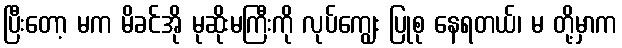
ပြီးတော့ မက မိခင်အို မုဆိုးမကြီးကို လုပ်ကျွေး ပြုစု နေရတယ်၊ မ တို့မှာက